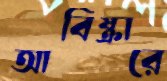
আবিষ্কারে